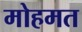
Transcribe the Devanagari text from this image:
मोहमत